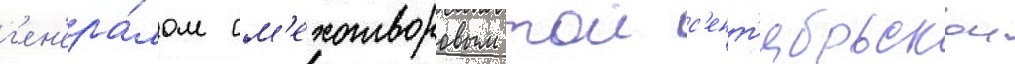
г'ен'ера́лом см'ехотворовым тои с'ент'ябрьскои